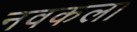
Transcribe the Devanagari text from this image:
नवकला